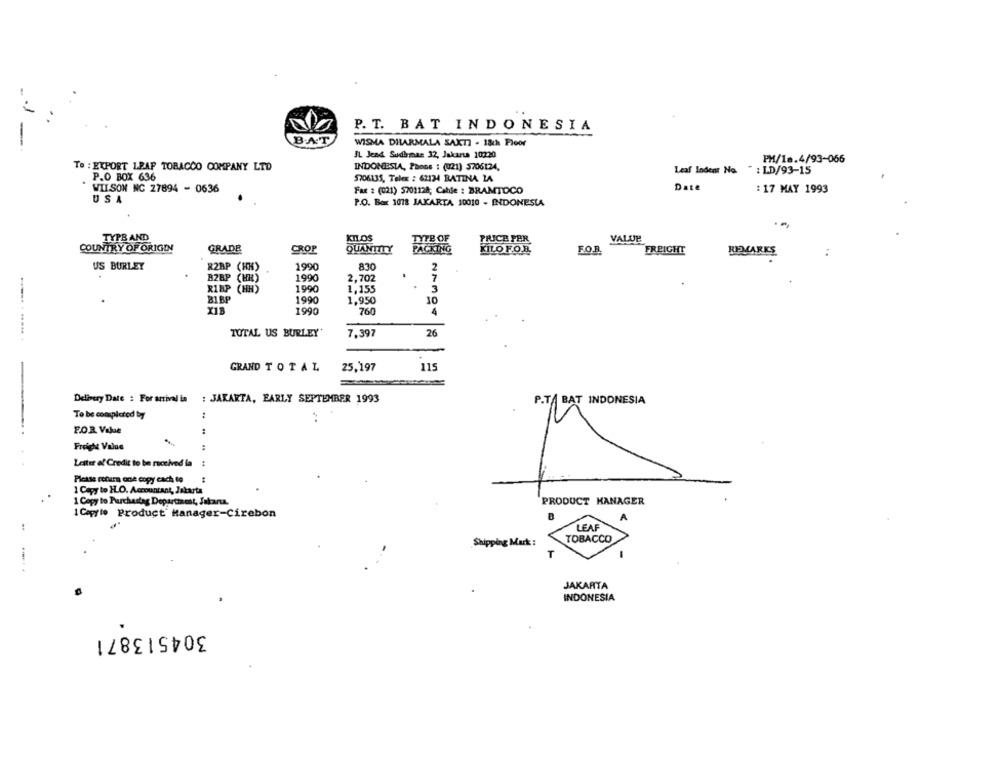
P. T. BAT INDONESIA
BAT
WISMA DHARMALA SAKTI - 18ch Floor
IL Jend Sudhmas 32, Jakarta 10230
PH/18.4/93-066
Te : EXPORT LEAF TOBACCO COMPANY LTD
INDONESIA, Phone : (021) 3706124,
Leaf Indenr No.
" : LD/93-15
P.O BOX 636
5706135, Telex : 62134 BATINA LA
WILSON NC 27894 - 0636
Fax : (021) 5701128; Cable : BRAMTOCO
Date
: 17 MAY 1993
USA
P.O. Box 1078 JAKARTA 10010 - INDONESIA
TYPB AND
KILOS
TYPE OF
VALUE
COUNTRY OF ORIGIN
GRADE
CROP
QUANTITY
PACKING
KILO FOR
FO.R.
FREIGHT
REMARKS
US BURLEY
1990
830
2
R2BP (HH)
1990
2,702
7
RIBP
1990
1,155
3
B1 BP
1990
1.950
10
XIB
1990
760
TOTAL US BURLEY'
7.397
26
-
GRAND TOTAL
25,197
115
Delivery Date : For arrival in : JAKARTA, EARLY SEPTEMBER 1993
P.T. BAT INDONESIA
To be completed by
F.O.R. Value
Freight Value
Lester of Credit to be received la :
Please return one copy cach to
44
1 Capy to H.O. Accountant, Jakarta
1 Copy to Purchastag Department, Jakarta.
PRODUCT MANAGER
1 Caprio Product Manager-Cirebon
B
A
LEAF
TOBACCO
Shipping Mark :
JAKARTA
INDONESIA
304513871